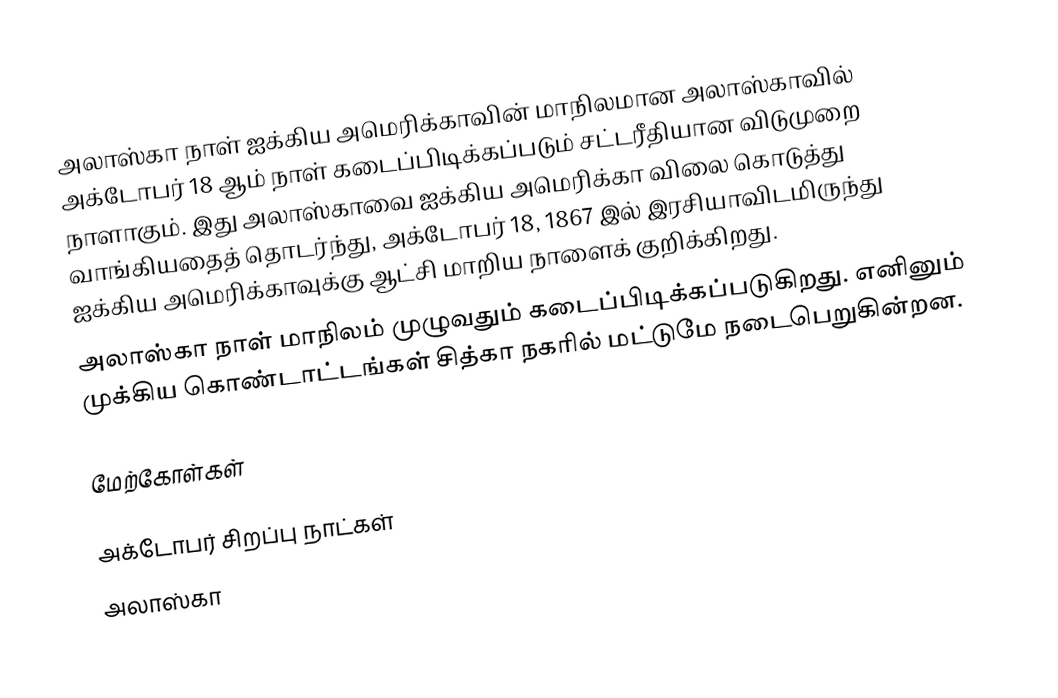
அலாஸ்கா நாள் ஐக்கிய அமெரிக்காவின் மாநிலமான அலாஸ்காவில் அக்டோபர் 18 ஆம் நாள் கடைப்பிடிக்கப்படும் சட்டரீதியான விடுமுறை நாளாகும். இது அலாஸ்காவை ஐக்கிய அமெரிக்கா விலை கொடுத்து வாங்கியதைத் தொடர்ந்து, அக்டோபர் 18, 1867 இல் இரசியாவிடமிருந்து  ஐக்கிய அமெரிக்காவுக்கு ஆட்சி மாறிய  நாளைக் குறிக்கிறது.
அலாஸ்கா நாள் மாநிலம் முழுவதும் கடைப்பிடிக்கப்படுகிறது. எனினும் முக்கிய கொண்டாட்டங்கள் சித்கா நகரில் மட்டுமே நடைபெறுகின்றன.

மேற்கோள்கள்

அக்டோபர் சிறப்பு நாட்கள்
அலாஸ்கா